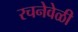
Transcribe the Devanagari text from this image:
रचनेवेळी